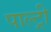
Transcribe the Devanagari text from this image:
पाल्ट्री